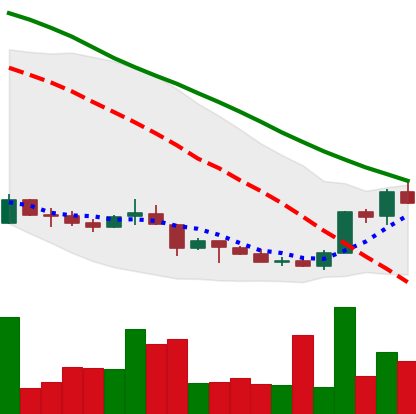
Ticker: LINK-USD
Chart end date: 2018-07-03
Forward return: 4.324%
Label: up_3_5